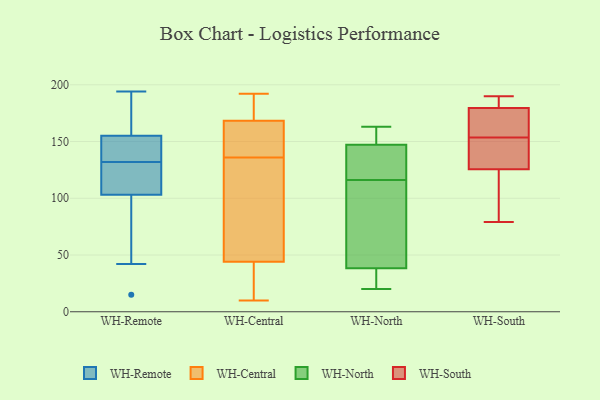
{"axis": {"x": "Energy Usage (MWh)", "y": "Value"}, "legend": ["WH-Central", "WH-North", "WH-Remote", "WH-South"], "data": [{"x": "", "y": 155, "type": "WH-Remote"}, {"x": "", "y": 150, "type": "WH-Remote"}, {"x": "", "y": 103, "type": "WH-Remote"}, {"x": "", "y": 132, "type": "WH-Remote"}, {"x": "", "y": 15, "type": "WH-Remote"}, {"x": "", "y": 106, "type": "WH-Remote"}, {"x": "", "y": 138, "type": "WH-Remote"}, {"x": "", "y": 194, "type": "WH-Remote"}, {"x": "", "y": 185, "type": "WH-Remote"}, {"x": "", "y": 132, "type": "WH-Remote"}, {"x": "", "y": 125, "type": "WH-Remote"}, {"x": "", "y": 168, "type": "WH-Remote"}, {"x": "", "y": 43, "type": "WH-Remote"}, {"x": "", "y": 42, "type": "WH-Remote"}, {"x": "", "y": 184, "type": "WH-Central"}, {"x": "", "y": 136, "type": "WH-Central"}, {"x": "", "y": 35, "type": "WH-Central"}, {"x": "", "y": 163, "type": "WH-Central"}, {"x": "", "y": 192, "type": "WH-Central"}, {"x": "", "y": 185, "type": "WH-Central"}, {"x": "", "y": 10, "type": "WH-Central"}, {"x": "", "y": 49, "type": "WH-Central"}, {"x": "", "y": 145, "type": "WH-Central"}, {"x": "", "y": 135, "type": "WH-Central"}, {"x": "", "y": 44, "type": "WH-Central"}, {"x": "", "y": 157, "type": "WH-Central"}, {"x": "", "y": 44, "type": "WH-Central"}, {"x": "", "y": 133, "type": "WH-North"}, {"x": "", "y": 154, "type": "WH-North"}, {"x": "", "y": 20, "type": "WH-North"}, {"x": "", "y": 53, "type": "WH-North"}, {"x": "", "y": 107, "type": "WH-North"}, {"x": "", "y": 25, "type": "WH-North"}, {"x": "", "y": 145, "type": "WH-North"}, {"x": "", "y": 145, "type": "WH-North"}, {"x": "", "y": 36, "type": "WH-North"}, {"x": "", "y": 116, "type": "WH-North"}, {"x": "", "y": 112, "type": "WH-North"}, {"x": "", "y": 159, "type": "WH-North"}, {"x": "", "y": 39, "type": "WH-North"}, {"x": "", "y": 131, "type": "WH-North"}, {"x": "", "y": 22, "type": "WH-North"}, {"x": "", "y": 163, "type": "WH-North"}, {"x": "", "y": 161, "type": "WH-North"}, {"x": "", "y": 79, "type": "WH-South"}, {"x": "", "y": 126, "type": "WH-South"}, {"x": "", "y": 125, "type": "WH-South"}, {"x": "", "y": 184, "type": "WH-South"}, {"x": "", "y": 136, "type": "WH-South"}, {"x": "", "y": 162, "type": "WH-South"}, {"x": "", "y": 156, "type": "WH-South"}, {"x": "", "y": 151, "type": "WH-South"}, {"x": "", "y": 190, "type": "WH-South"}, {"x": "", "y": 182, "type": "WH-South"}, {"x": "", "y": 177, "type": "WH-South"}, {"x": "", "y": 101, "type": "WH-South"}]}